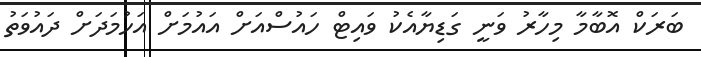
ބަރަކް އޮބާމާ މިހާރު ވަނީ ގަޑިޔާއެކު ވައިޓް ހައުސްއަށް އައުމަށް އަހުމަދަށް ދައުވަތު